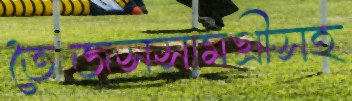
তৈজসসামগ্রীসহ